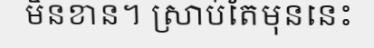
មិនខាន។ ស្រាប់តែមុននេះ